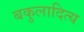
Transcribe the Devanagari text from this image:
बकुलादित्य